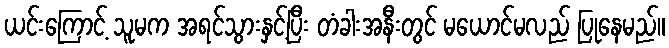
ယင်းကြောင့် သူမက အရင်သွားနှင့်ပြီး တံခါးအနီးတွင် မယောင်မလည် ပြုနေမည်။